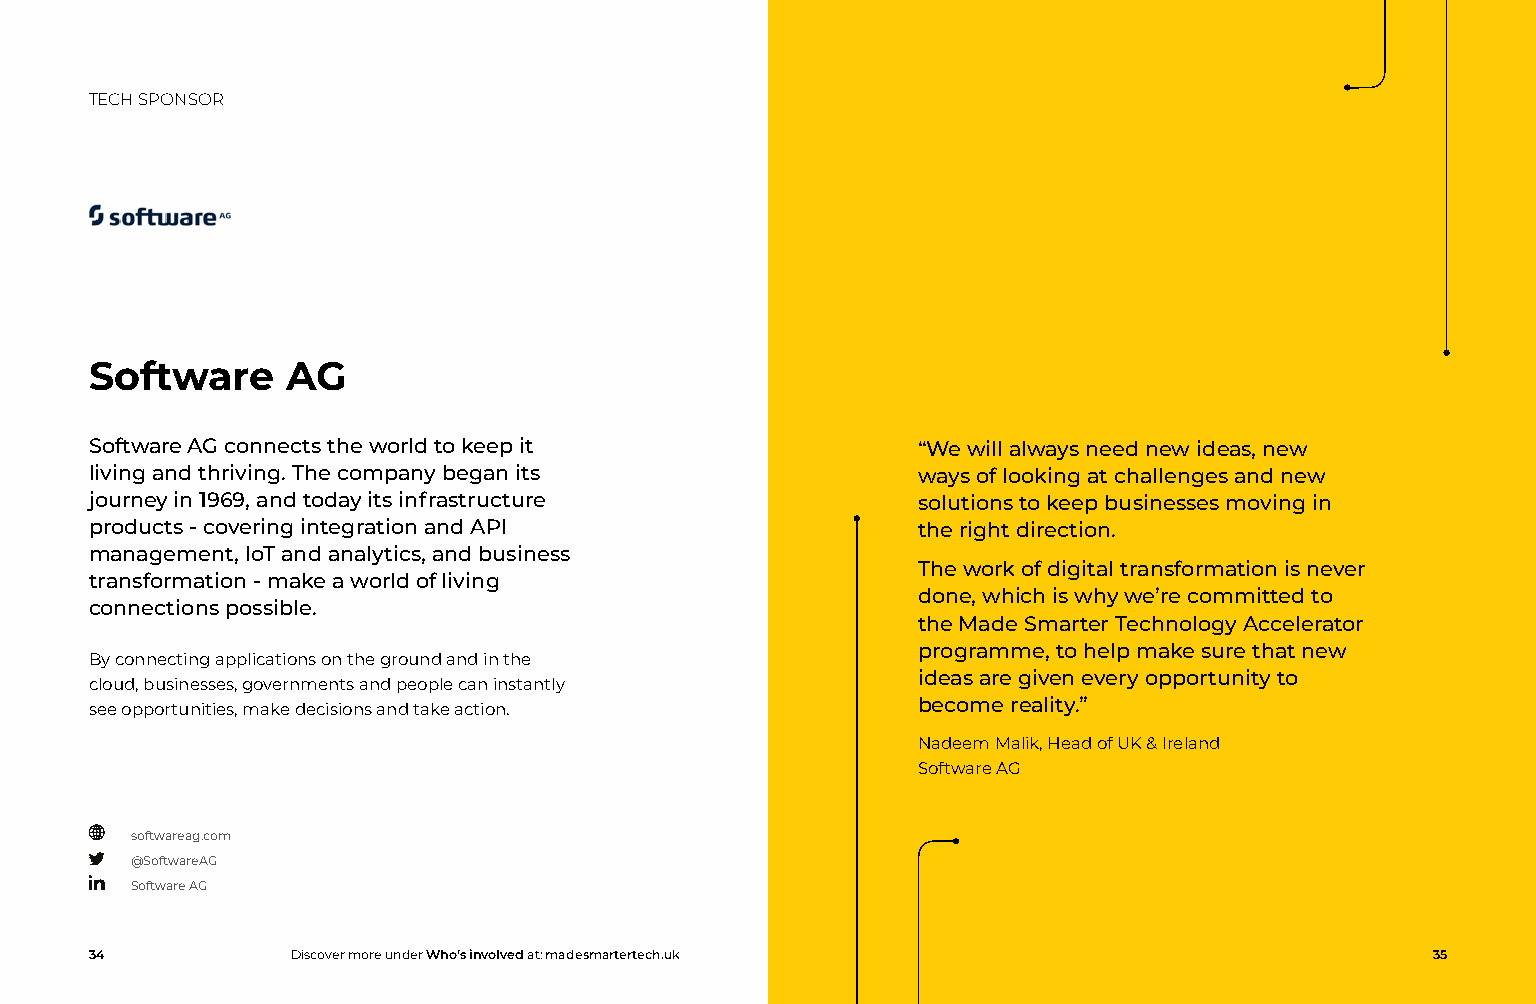
TECH SPONSOR
 Software     AG
 Software AG connects the world to keep it              “We will always need new ideas, new
 living and thriving. The company began its             ways of looking at challenges and new
 journey in 1969, and today its infrastructure          solutions to keep businesses moving in
 products - covering integration and API                the right direction.
 management, IoT and analytics, and business
 The work of digital transformation is never
 transformation - make a world of living
 done, which is why we’re committed to
 connections possible.
 the Made Smarter Technology Accelerator
 programme, to help make sure that new
 By connecting applications on the ground and in the
 ideas are given every opportunity to
 cloud, businesses, governments and people can instantly
 become reality.”
 see opportunities, make decisions and take action.
 Nadeem Malik, Head of UK & Ireland
 Software AG
 softwareag.com
 @SoftwareAG
 Software AG
 34           Discover more under Who’s involved at: madesmartertech.uk                   35